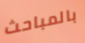
بالمباحث